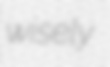
wisely